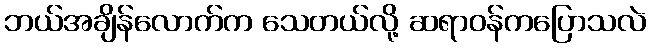
ဘယ်အချိန်လောက်က သေတယ်လို့ ဆရာဝန်ကပြောသလဲ